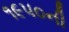
૧૯૫૦ની